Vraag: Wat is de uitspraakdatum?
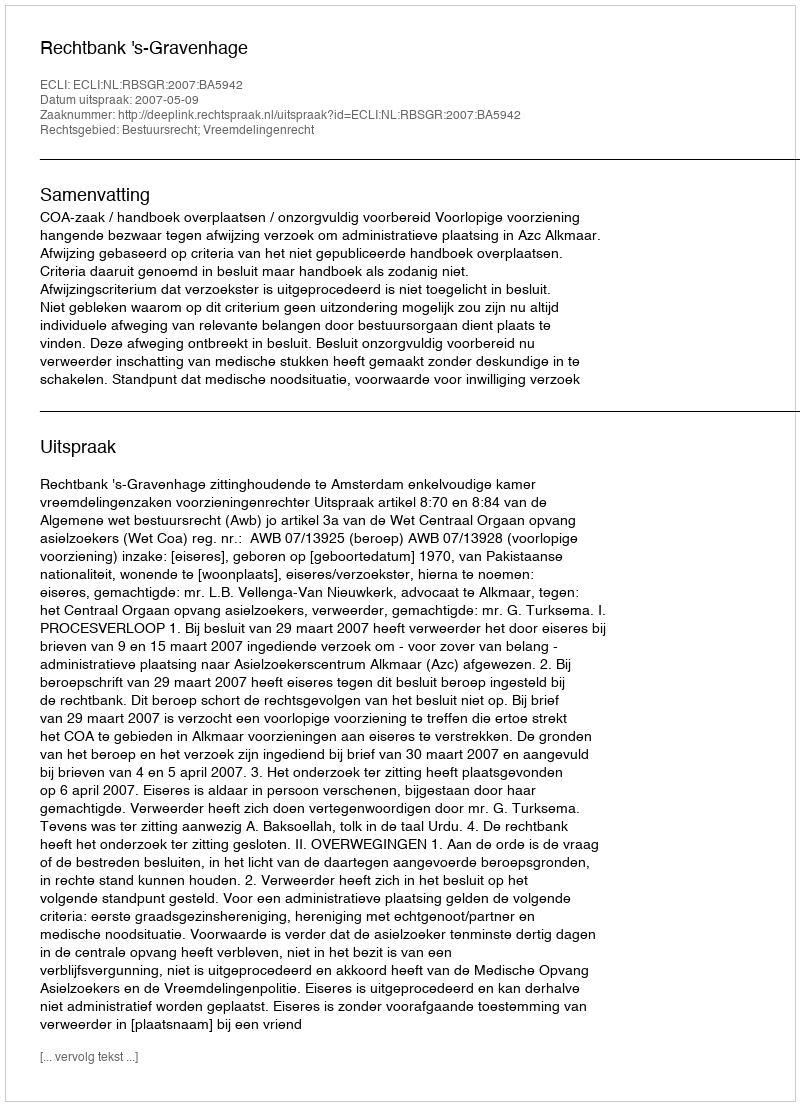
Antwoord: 2007-05-09